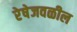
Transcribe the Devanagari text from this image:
रेषेजवळील